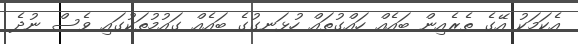
އެކަމަކު އޭގެ ތެރެއިން ބައެއް ހައްގުތައް ހުޅަނގުގެ ބައެއް ގައުމުތަކުގައި ވެސް ނުދެ